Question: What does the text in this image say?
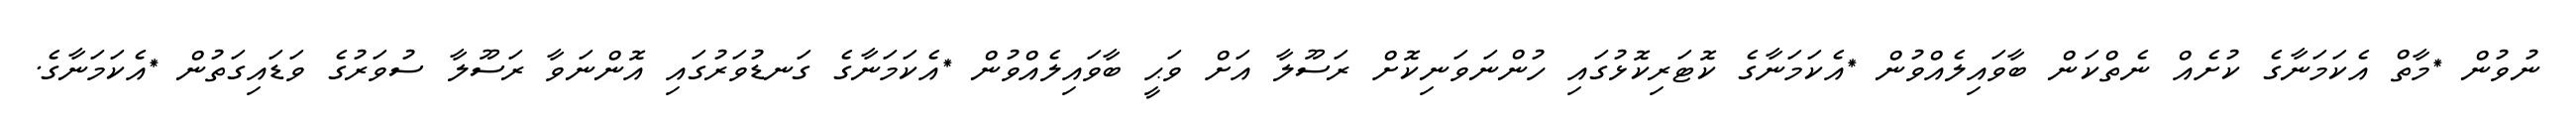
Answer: ނުވުން *މާތް އެކަމަނާގެ ކުށެއް ނެތްކަން ބާވައިލެއްވުން *އެކަމަނާގެ ކޮޓަރިކޮޅުގައި ހުންނަވަނިކޮށް ރަސޫލާ އަށް ވަޙީ ބާވައިލެއްވުން *އެކަމަނާގެ ގަނޑުވަރުގައި އޮންނަވާ ރަސޫލާ ސުވަރުގެ ވަޑައިގަތުން *އެކަމަނާގެ.